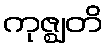
ကုဇ္ဈတိ